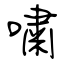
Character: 嘯